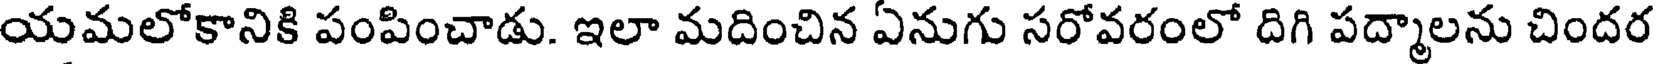
యమలోకానికి పంపించాడు. ఇలా మదించిన ఏనుగు సరోవరంలో దిగి పద్మాలను చిందర